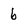
Character: 6